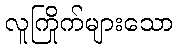
လူကြိုက်များသော